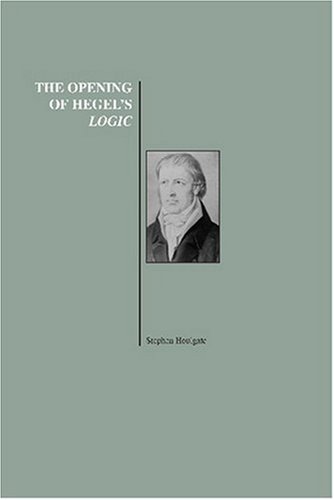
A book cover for The Opening of Hegel's Logic: From Being to Infinity (History of Philosophy Series); Stephen Houlgate; Politics & Social Sciences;